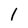
Character: 1